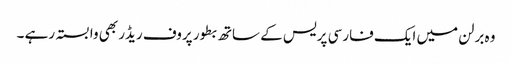
وہ برلن میں ایک فارسی پریس کے ساتھ بطور پروف ریڈر بھی وابستہ رہے ۔